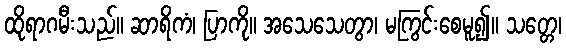
ထိုရာဂမီးသည်။ ဆာရိကံ၊ ပြာကို။ အသေသေတွာ၊ မကြွင်းစေမူ၍။ သတ္တေ၊